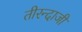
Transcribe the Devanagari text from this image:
तीरन्दाजी